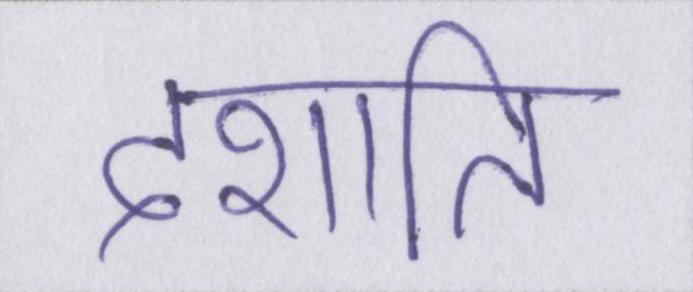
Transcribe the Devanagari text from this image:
दर्शाते